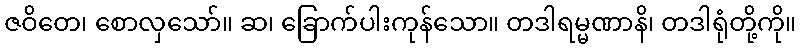
ဇဝိတေ၊ စောလှသော်။ ဆ၊ ခြောက်ပါးကုန်သော။ တဒါရမ္မဏာနိ၊ တဒါရုံတို့ကို။